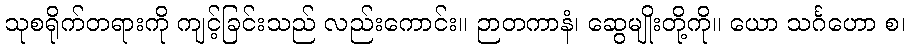
သုစရိုက်တရားကို ကျင့်ခြင်းသည် လည်းကောင်း။ ဉာတကာနံ၊ ဆွေမျိုးတို့ကို။ ယော သင်္ဂဟော စ၊